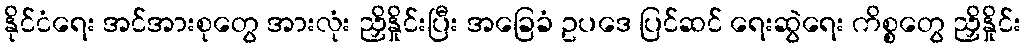
နိုင်ငံရေး အင်အားစုတွေ အားလုံး ညှိနှိုင်းပြီး အခြေခံ ဥပဒေ ပြင်ဆင် ရေးဆွဲရေး ကိစ္စတွေ ညှိနှိုင်း